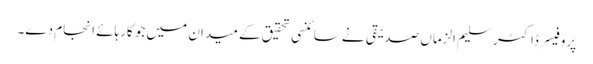
پروفیسر ڈاکٹر سلیم الزماں صدیقی نے سائنسی تحقیق کے میدان میں جو کارہائے انجام دے۔